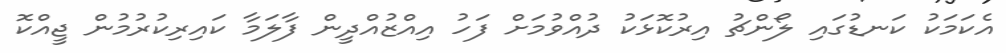
އެކަމަކު ކަނޑުގައި ލޯންޗު އިރުކޮޅަކު ދުއްވުމަށް ފަހު އިއްޒުއްދީން ފާލަމާ ކައިރިކުރުމުން ޖީއްކޮ